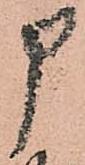
申